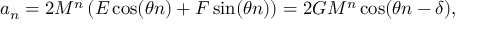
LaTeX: a _ { n } = 2 M ^ { n } \left( E \cos ( \theta n ) + F \sin ( \theta n ) \right) = 2 G M ^ { n } \cos ( \theta n - \delta ) ,